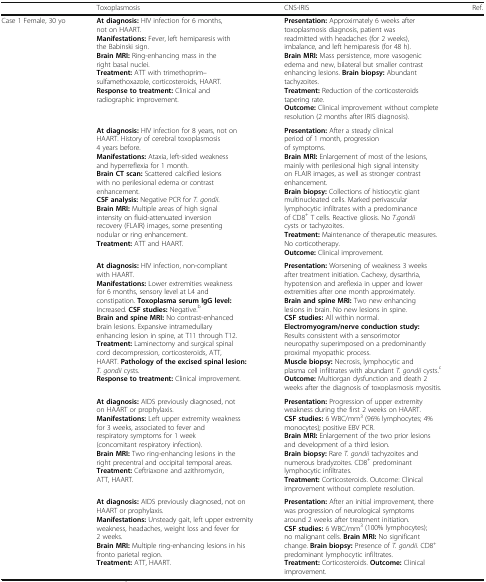
<table><thead><tr><td>[EMPTY_CELL]</td><td><b>Toxoplasmosis</b></td><td><b>CNS-IRIS</b></td><td><b>Ref.</b></td></tr></thead><tbody><tr><td>Case 1 Female, 30 yo</td><td><b>At diagnosis:</b> HIV infection for 6 months, not on HAART.<b>Manifestations:</b> Fever, left hemiparesis with the Babinski sign.<b>Brain MRI:</b> Ring-enhancing mass in the right basal nuclei.<b>Treatment:</b> ATT with trimethoprim–sulfamethoxazole, corticosteroids, HAART.<b>Response to treatment:</b> Clinical and radiographic improvement.</td><td><b>Presentation:</b> Approximately 6 weeks after toxoplasmosis diagnosis, patient was readmitted with headaches (for 2 weeks), imbalance, and left hemiparesis (for 48 h).<b>Brain MRI:</b> Mass persistence, more vasogenic edema and new, bilateral but smaller contrast enhancing lesions. <b>Brain biopsy:</b> Abundant tachyzoites.<b>Treatment:</b> Reduction of the corticosteroids tapering rate.<b>Outcome:</b> Clinical improvement without complete resolution (2 months after IRIS diagnosis).</td><td>[EMPTY_CELL]</td></tr><tr><td>[EMPTY_CELL]</td><td><b>At diagnosis:</b> HIV infection for 8 years, not on HAART. History of cerebral toxoplasmosis 4 years before.<b>Manifestations:</b> Ataxia, left-sided weakness and hyperreflexia for 1 month.<b>Brain CT scan:</b> Scattered calcified lesions with no perilesional edema or contrast enhancement. <b>CSF analysis:</b> Negative PCR for <i>T. gondii</i>.<b>Brain MRI:</b> Multiple areas of high signal intensity on fluid-attenuated inversion recovery (FLAIR) images, some presenting nodular or ring enhancement.<b>Treatment:</b> ATT and HAART.</td><td><b>Presentation:</b> After a steady clinical period of 1 month, progression of symptoms.<b>Brain MRI:</b> Enlargement of most of the lesions, mainly with perilesional high signal intensity on FLAIR images, as well as stronger contrast enhancement.<b>Brain biopsy:</b> Collections of histiocytic giant multinucleated cells. Marked perivascular lymphocytic infiltrates with a predominance of CD8<sup>+</sup> T cells. Reactive gliosis. No <i>T.gondii</i> cysts or tachyzoites.<b>Treatment:</b> Maintenance of therapeutic measures. No corticotherapy.<b>Outcome:</b> Clinical improvement.</td><td>[EMPTY_CELL]</td></tr><tr><td>[EMPTY_CELL]</td><td><b>At diagnosis:</b> HIV infection, non-compliant with HAART.<b>Manifestations:</b> Lower extremities weakness for 6 months, sensory level at L4 and constipation. <b>Toxoplasma serum IgG level:</b> Increased. <b>CSF studies:</b> Negative.<sup>b</sup><b>Brain and spine MRI:</b> No contrast-enhanced brain lesions. Expansive intramedullary enhancing lesion in spine, at T11 through T12.<b>Treatment:</b> Laminectomy and surgical spinal cord decompression, corticosteroids, ATT, HAART. <b>Pathology of the excised spinal lesion:</b><i>T. gondii</i> cysts.<b>Response to treatment:</b> Clinical improvement.</td><td><b>Presentation:</b> Worsening of weakness 3 weeks after treatment initiation. Cachexy, dysarthria, hypotension and areflexia in upper and lower extremities after one month approximately.<b>Brain and spine MRI:</b> Two new enhancing lesions in brain. No new lesions in spine.<b>CSF studies:</b> All within normal.<b>Electromyogram/nerve conduction study:</b> Results consistent with a sensorimotor neuropathy superimposed on a predominantly proximal myopathic process.<b>Muscle biopsy:</b> Necrosis, lymphocytic and plasma cell infiltrates with abundant <i>T. gondii</i> cysts.<sup>c</sup><b>Outcome:</b> Multiorgan dysfunction and death 2 weeks after the diagnosis of toxoplasmosis myositis.</td><td>[EMPTY_CELL]</td></tr><tr><td>[EMPTY_CELL]</td><td><b>At diagnosis:</b> AIDS previously diagnosed, not on HAART or prophylaxis.<b>Manifestations:</b> Left upper extremity weakness for 3 weeks, associated to fever and respiratory symptoms for 1 week (concomitant respiratory infection).<b>Brain MRI:</b> Two ring-enhancing lesions in the right precentral and occipital temporal areas.<b>Treatment:</b> Ceftriaxone and azithromycin, ATT, HAART.</td><td><b>Presentation:</b> Progression of upper extremity weakness during the first 2 weeks on HAART.<b>CSF studies:</b> 6 WBC/mm<sup>3</sup> (96% lymphocytes; 4% monocytes); positive EBV PCR.<b>Brain MRI:</b> Enlargement of the two prior lesions and development of a third lesion.<b>Brain biopsy:</b> Rare <i>T. gondii</i> tachyzoites and numerous bradyzoites. CD8<sup>+</sup> predominant lymphocytic infiltrates.<b>Treatment:</b> Corticosteroids. Outcome: Clinical improvement without complete resolution.</td><td>[EMPTY_CELL]</td></tr><tr><td>[EMPTY_CELL]</td><td><b>At diagnosis:</b> AIDS previously diagnosed, not on HAART or prophylaxis.<b>Manifestations:</b> Unsteady gait, left upper extremity weakness, headaches, weight loss and fever for 2 weeks.<b>Brain MRI:</b> Multiple ring-enhancing lesions in his fronto parietal region.<b>Treatment:</b> ATT, HAART.</td><td><b>Presentation:</b> After an initial improvement, there was progression of neurological symptoms around 2 weeks after treatment initiation.<b>CSF studies:</b> 6 WBC/mm<sup>3</sup> (100% lymphocytes); no malignant cells. <b>Brain MRI:</b> No significant change. <b>Brain biopsy:</b> Presence of <i>T. gondii.</i> CD8<sup>+</sup> predominant lymphocytic infiltrates.<b>Treatment:</b> Corticosteroids. <b>Outcome:</b> Clinical improvement.</td><td>[EMPTY_CELL]</td></tr></tbody></table>